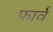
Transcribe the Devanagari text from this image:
फार्व